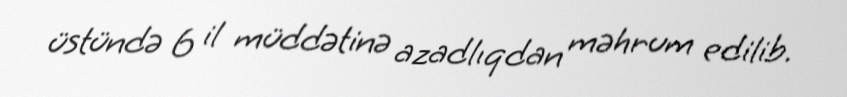
üstündə 6 il müddətinə azadlıqdan məhrum edilib.